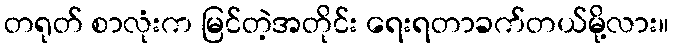
တရုတ် စာလုံးက မြင်တဲ့အတိုင်း ရေးရတာခက်တယ်မို့လား။